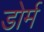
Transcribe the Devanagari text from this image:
डोर्म